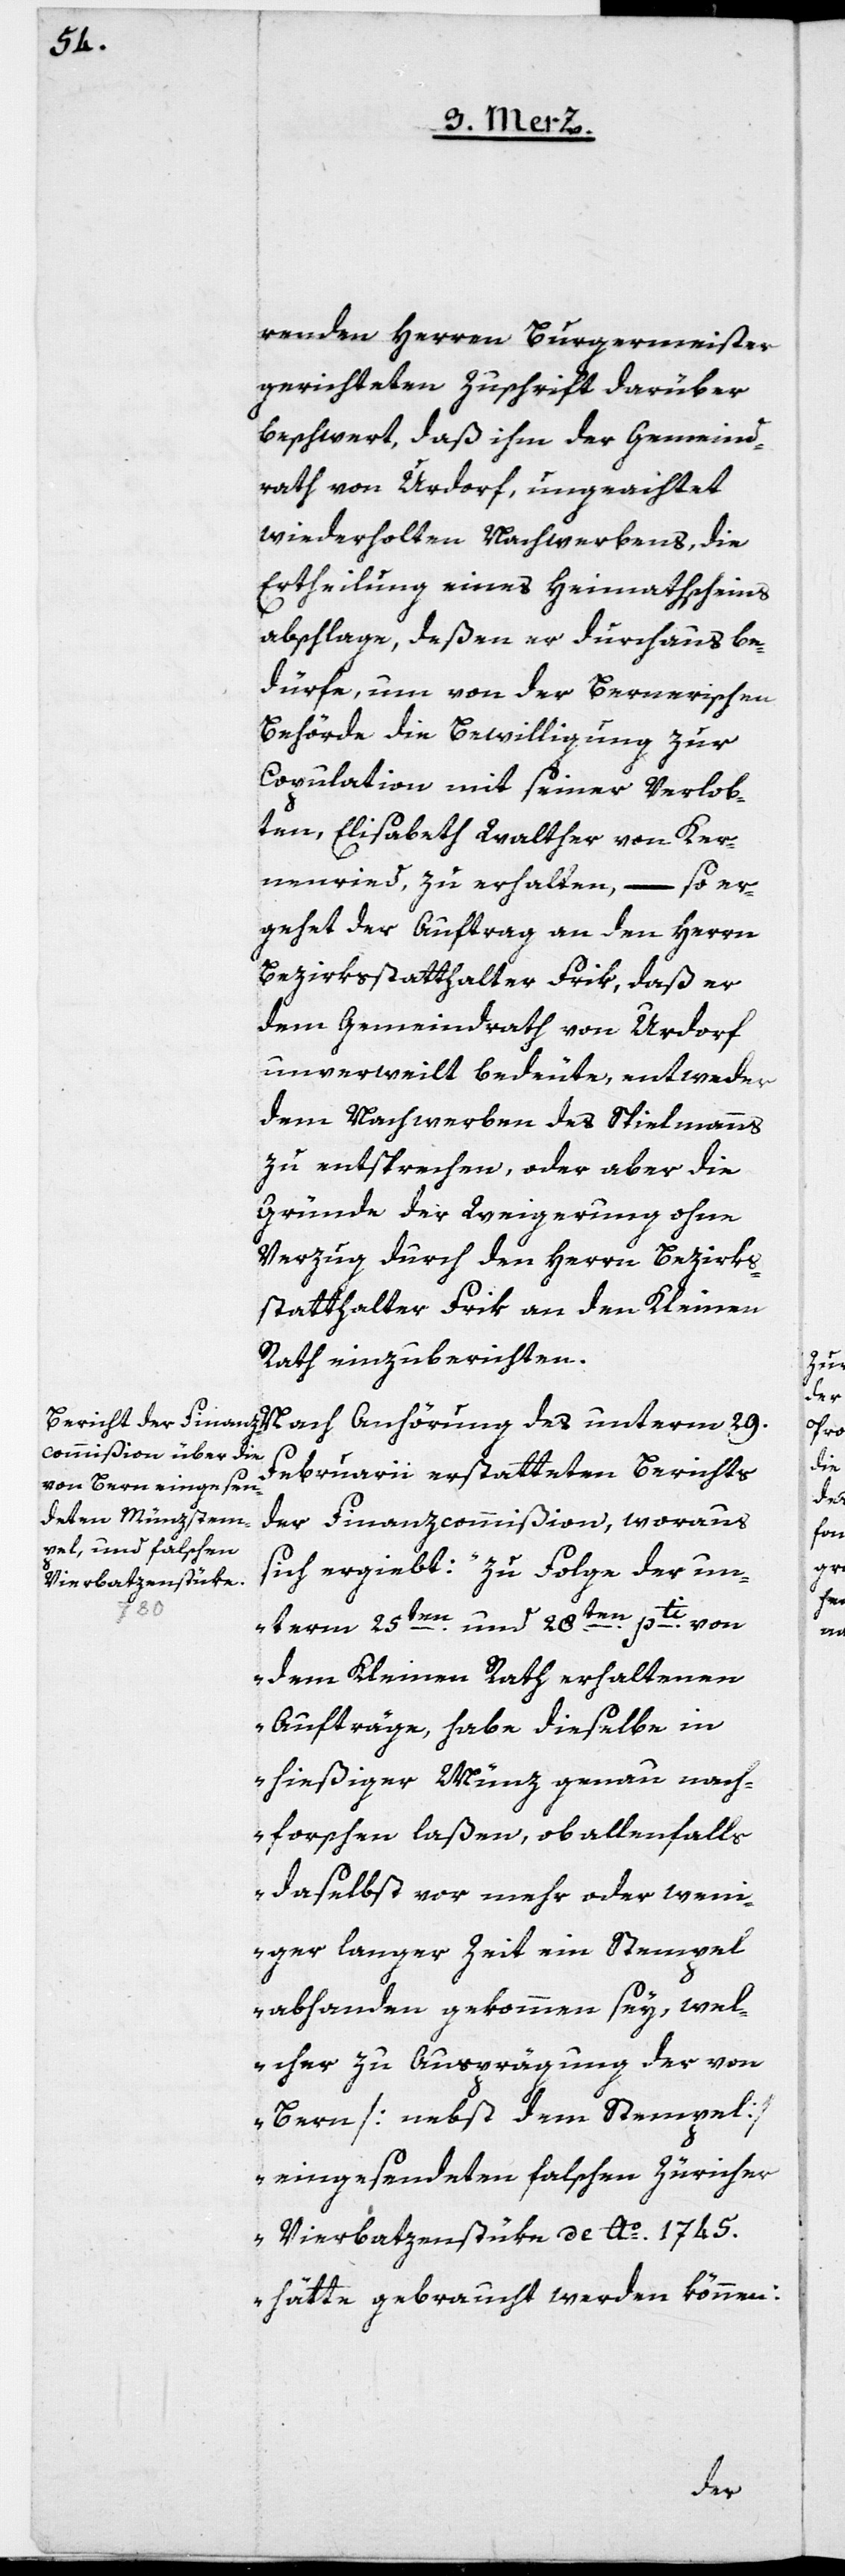
renden Herren Burgermeister
gerichteten Zuschrift darüber
beschwert, daß ihm der Gemeind¬
rath von Urdorf, ungeachtet
wiederholten Nachwerbens, die
Ertheilung eines Heimathscheins
abschlage, deßen er durchaus be¬
dürfe, um von der Bernerischen
Behörde die Bewilligung zur
Copulation mit seiner Verlob¬
ten, Elisabeth Walther von Ker¬
nenried, zu erhalten, – so er¬
gehet der Auftrag an den Herrn
Bezirksstatthalter Frik, daß er
dem Gemeindrath von Urdorf
unverweilt bedeute, entweder
dem Nachwerben des Spielmanns
zu entsprechen, oder aber die
Gründe der Weigerung ohne
Verzug durch den Herrn Bezirks¬
statthalter Frik an den Kleinen
Rath einzuberichten.
Februarii erstatteten Berichts
der Finanzcommißion, woraus
sich ergiebt: „zu Folge der un¬
29.
term 25ten und 28ten pti von
dem Kleinen Rath erhaltenen
Aufträge, habe dieselbe in
hießiger Münz genau nach¬
forschen laßen, ob allenfalls
daselbst vor mehr oder wen¬
iger langer Zeit ein Stempel
abhanden gekommen sey, wel¬
cher zur Ausprägung der von
Bern [nebst dem Stempel]
eingesendeten falschen Züricher
Vierbatzenstüke de Ao. 1745
hätte gebraucht werden können:
des